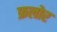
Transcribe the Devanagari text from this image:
फ्रलोर